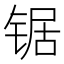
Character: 锯